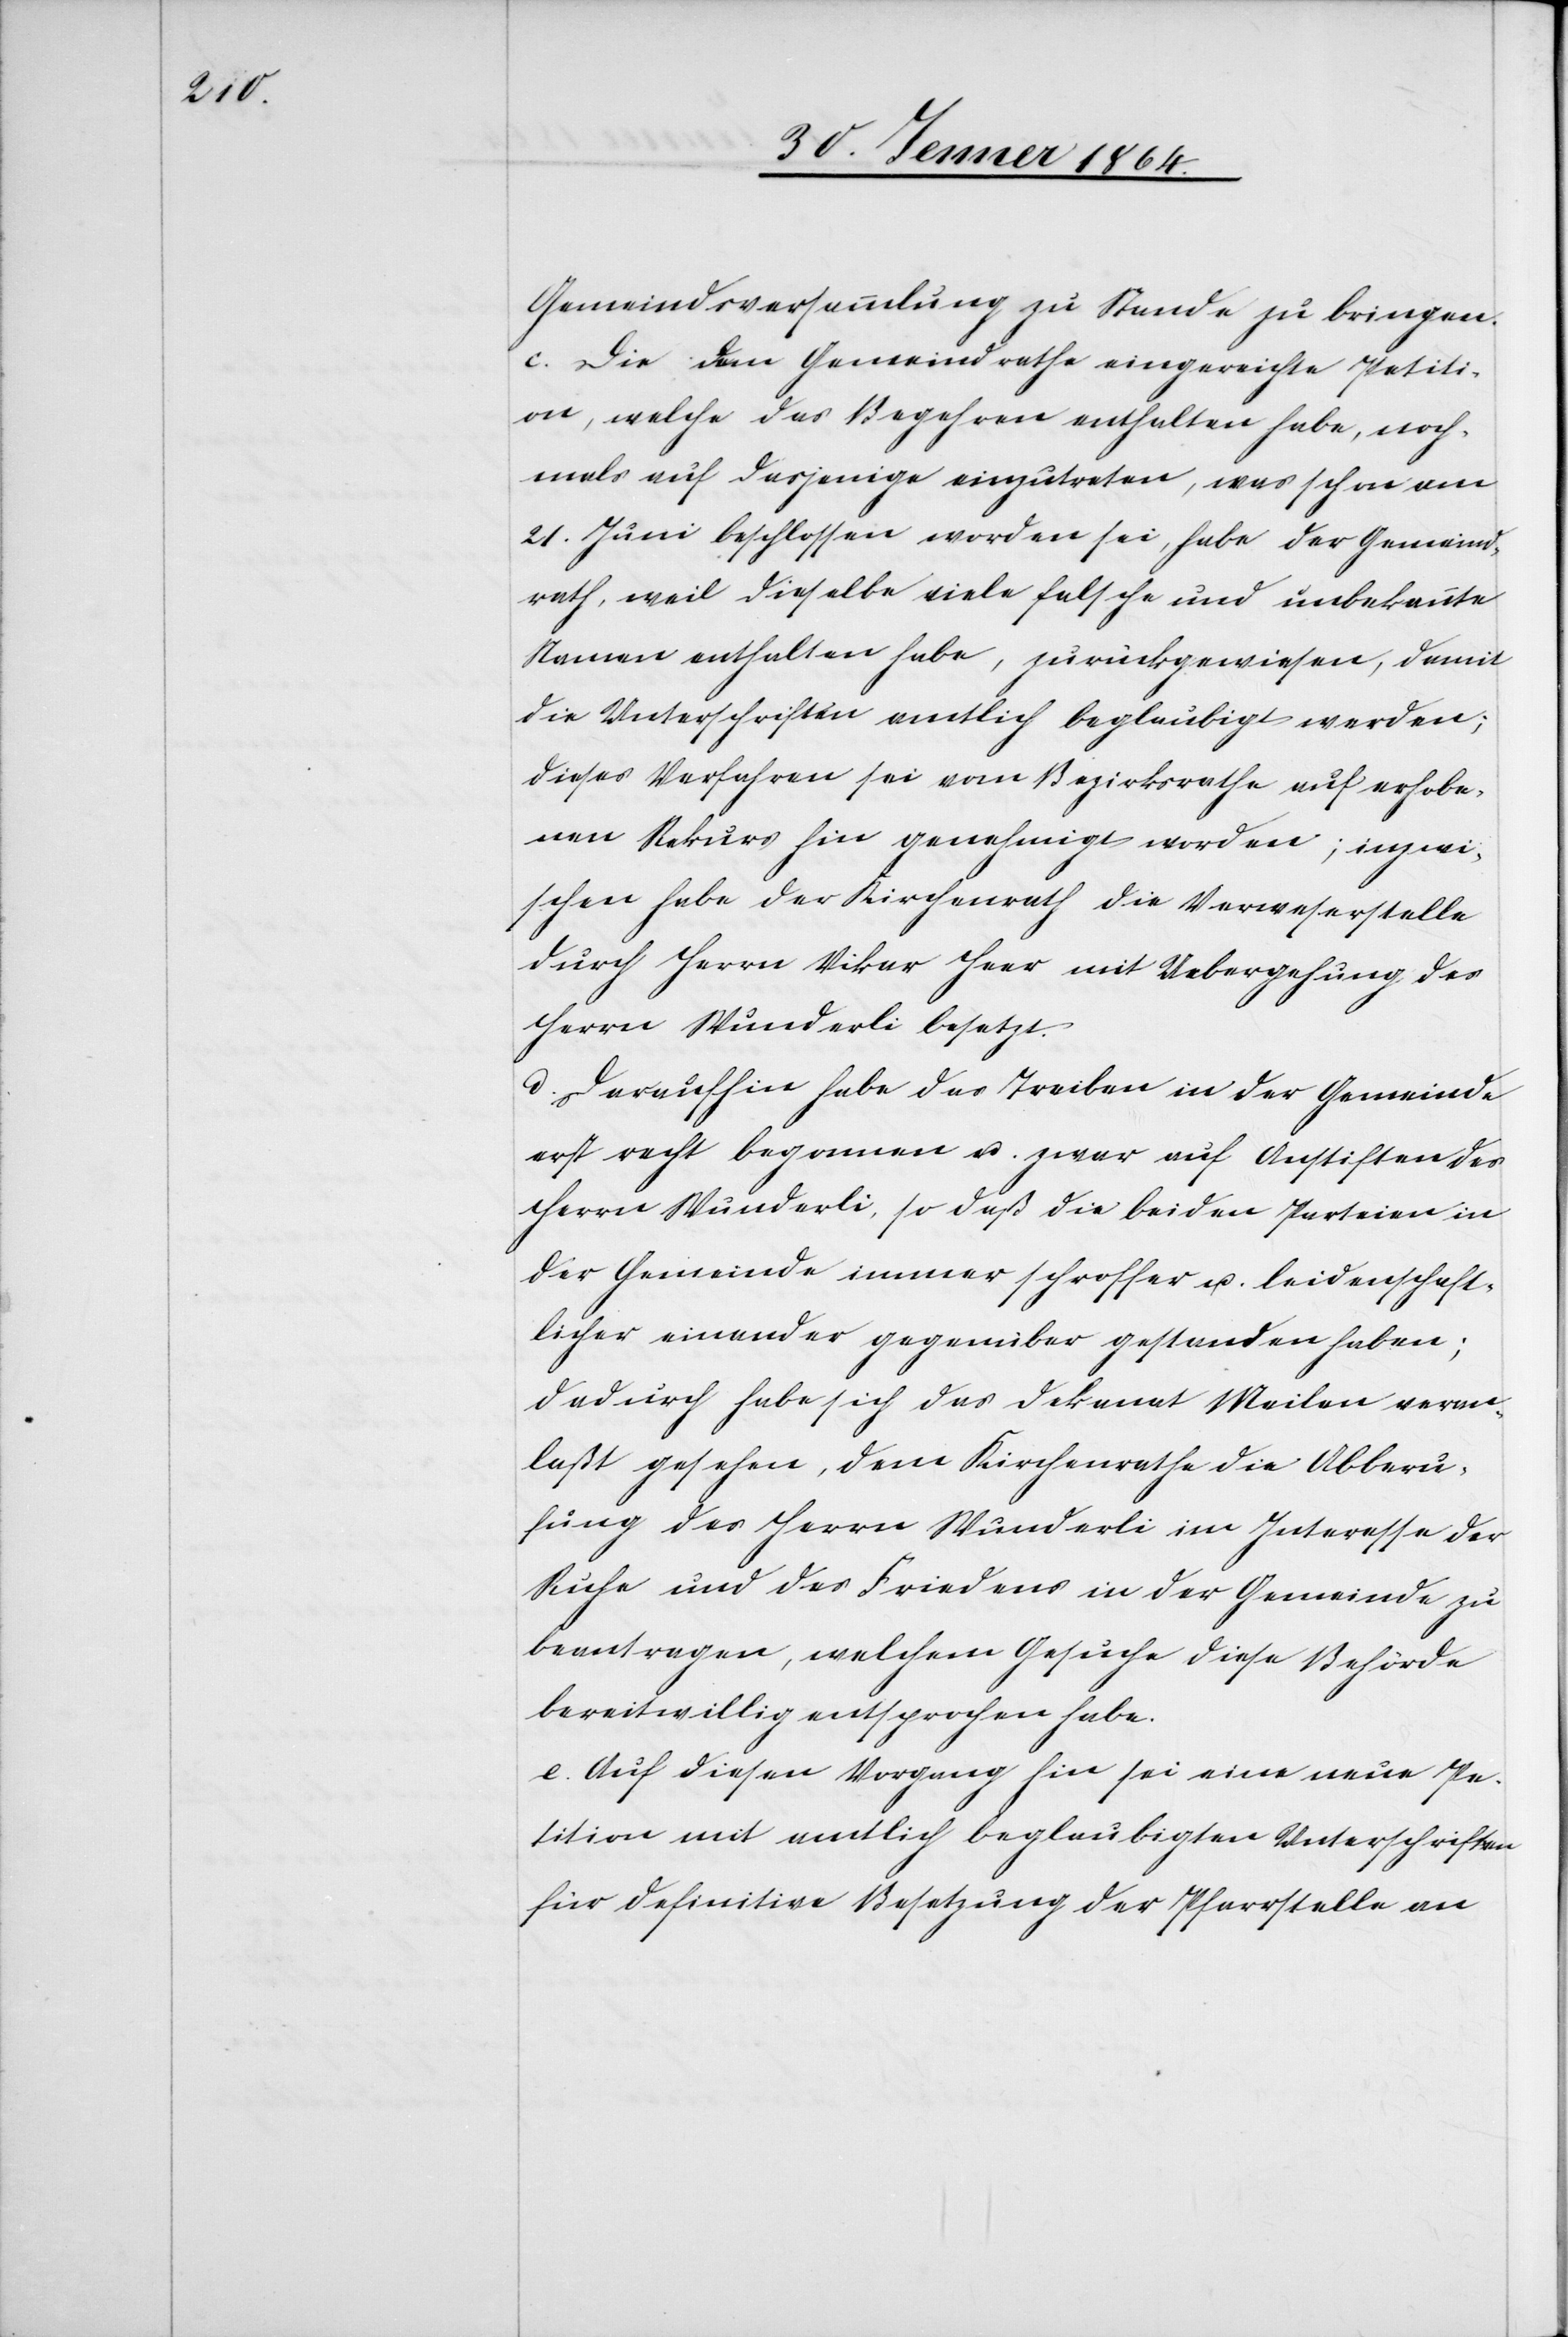
Gemeindsversammlung zu Stande zu bringen.
c.) Die dem Gemeindrathe eingereichte Petiti¬
on, welche das Begehren enthalten habe, noch¬
mals auf dasjenige einzutreten, was schon am
21. Juni beschlossen worden sei, habe der Gemeind¬
rath, weil dieselbe viele falsche und unbekannte
Namen enthalten habe, zurückgewiesen, damit
die Unterschriften amtlich beglaubigt werden;
dieses Verfahren sei vom Bezirksrathe auf erhobe¬
nen Rekurs hin genehmigt worden; inzwi¬
schen habe der Kirchenrath die Verweserstelle
durch Herrn Vikar Heer mit Uebergehung des
Herrn Wunderli besetzt.
d.) Daraufhin habe das Treiben in der Gemeinde
erst recht begonnen u. zwar auf Anstiften des
Herrn Wunderli, so daß die beiden Parteien in
der Gemeinde immer schroffer u. leidenschaft¬
licher einander gegenüber gestanden haben;
dadurch habe sich das Dekanat Meilen veran¬
laßt gesehen, dem Kirchenrathe die Abberu¬
fung des Herrn Wunderli im Interesse der
Ruhe und des Friedens in der Gemeinde zu
beantragen, welchem Gesuche diese Behörde
bereitwillig entsprochen habe.
e.) Auf diesen Vorgang hin sei eine neue Pe¬
tition mit amtlich beglaubigten Unterschriften
für definitive Besetzung der Pfarrstelle an